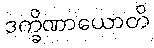
ဒက္ခိဏာယောတိ